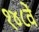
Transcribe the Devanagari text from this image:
१४८वें